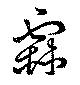
霖